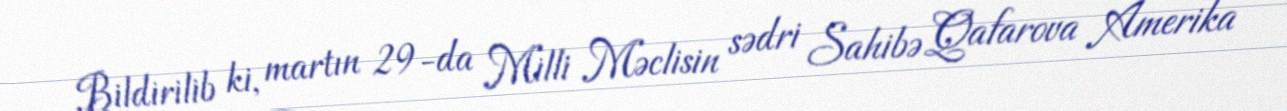
Bildirilib ki, martın 29-da Milli Məclisin sədri Sahibə Qafarova Amerika